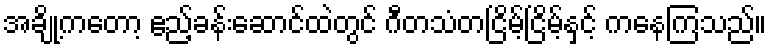
အချို့ကတော့ ဧည့်ခန်းဆောင်ထဲတွင် ဂီတသံတငြိမ့်ငြိမ့်နှင့် ကနေကြသည်။